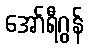
အော်ရီဂွန်